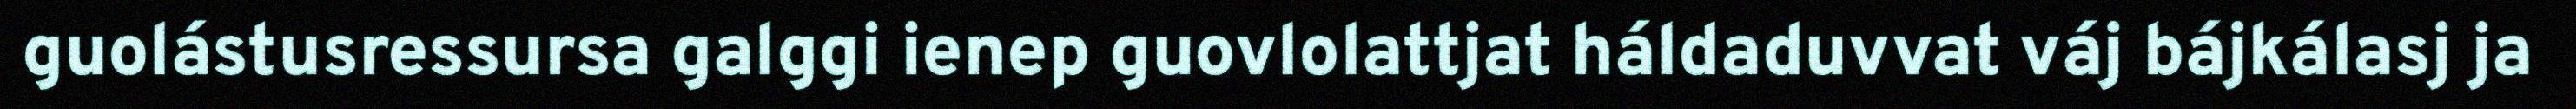
guolástusressursa galggi ienep guovlolattjat háldaduvvat váj bájkálasj ja